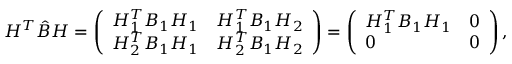
\begin{array} { r } { H ^ { T } \hat { B } H = \left( \begin{array} { l l } { H _ { 1 } ^ { T } B _ { 1 } H _ { 1 } } & { H _ { 1 } ^ { T } B _ { 1 } H _ { 2 } } \\ { H _ { 2 } ^ { T } B _ { 1 } H _ { 1 } } & { H _ { 2 } ^ { T } B _ { 1 } H _ { 2 } } \end{array} \right) = \left( \begin{array} { l l } { H _ { 1 } ^ { T } B _ { 1 } H _ { 1 } } & { 0 } \\ { 0 } & { 0 } \end{array} \right) , } \end{array}